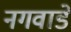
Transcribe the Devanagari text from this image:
नगवाडे